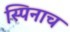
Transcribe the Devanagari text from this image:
स्पिनाच